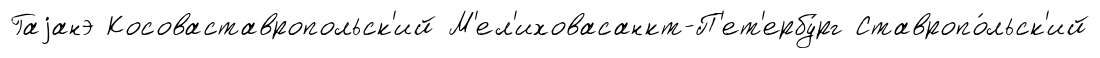
Гаjанэ Косоваставропольск'ий М'ел'иховасанкт-П'ет'ербу́рг Ставропо́льск'ий